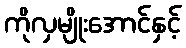
ကိုလှမျိုးအောင်နှင့်